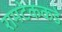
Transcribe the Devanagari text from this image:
रामटेककडे